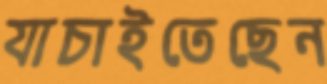
যাচাইতেছেন